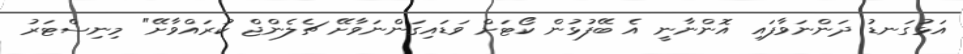
އަޅުގަނޑު ދަންނަވާފައި އޮންނާނީ އެ ބޭފުޅުން ކޯޓަށް ވަޑައިގަންނަވާށޭ ޗެލެންޖް ކުރައްވާށޭ" މިނިސްޓަރު